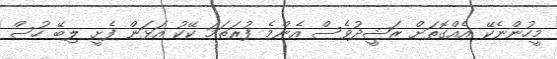
މީހުންނެކޭ އެއްގޮތަށް ރަޝީދުވެސް އެންމެ ފުރަަތަމަ ކޭކު އަޅަން ފެށީ ލިބޭ ހުސް